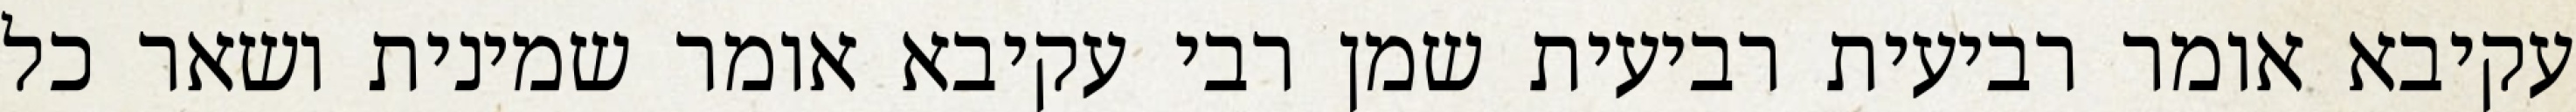
עקיבא אומר רביעית רביעית שמן רבי עקיבא אומר שמינית ושאר כל